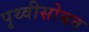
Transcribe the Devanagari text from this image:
पृथ्वीसोबत